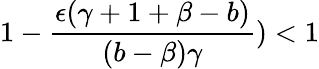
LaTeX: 1-\frac{\epsilon(\gamma+1+\beta-b)}{(b-\beta)\gamma})<1